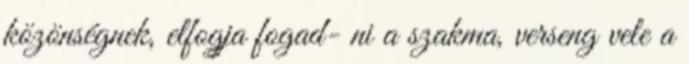
közönségnek, elfogja fogad- ni a szakma, verseng vele a